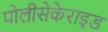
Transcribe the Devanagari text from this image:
पोलीसेकेराइड